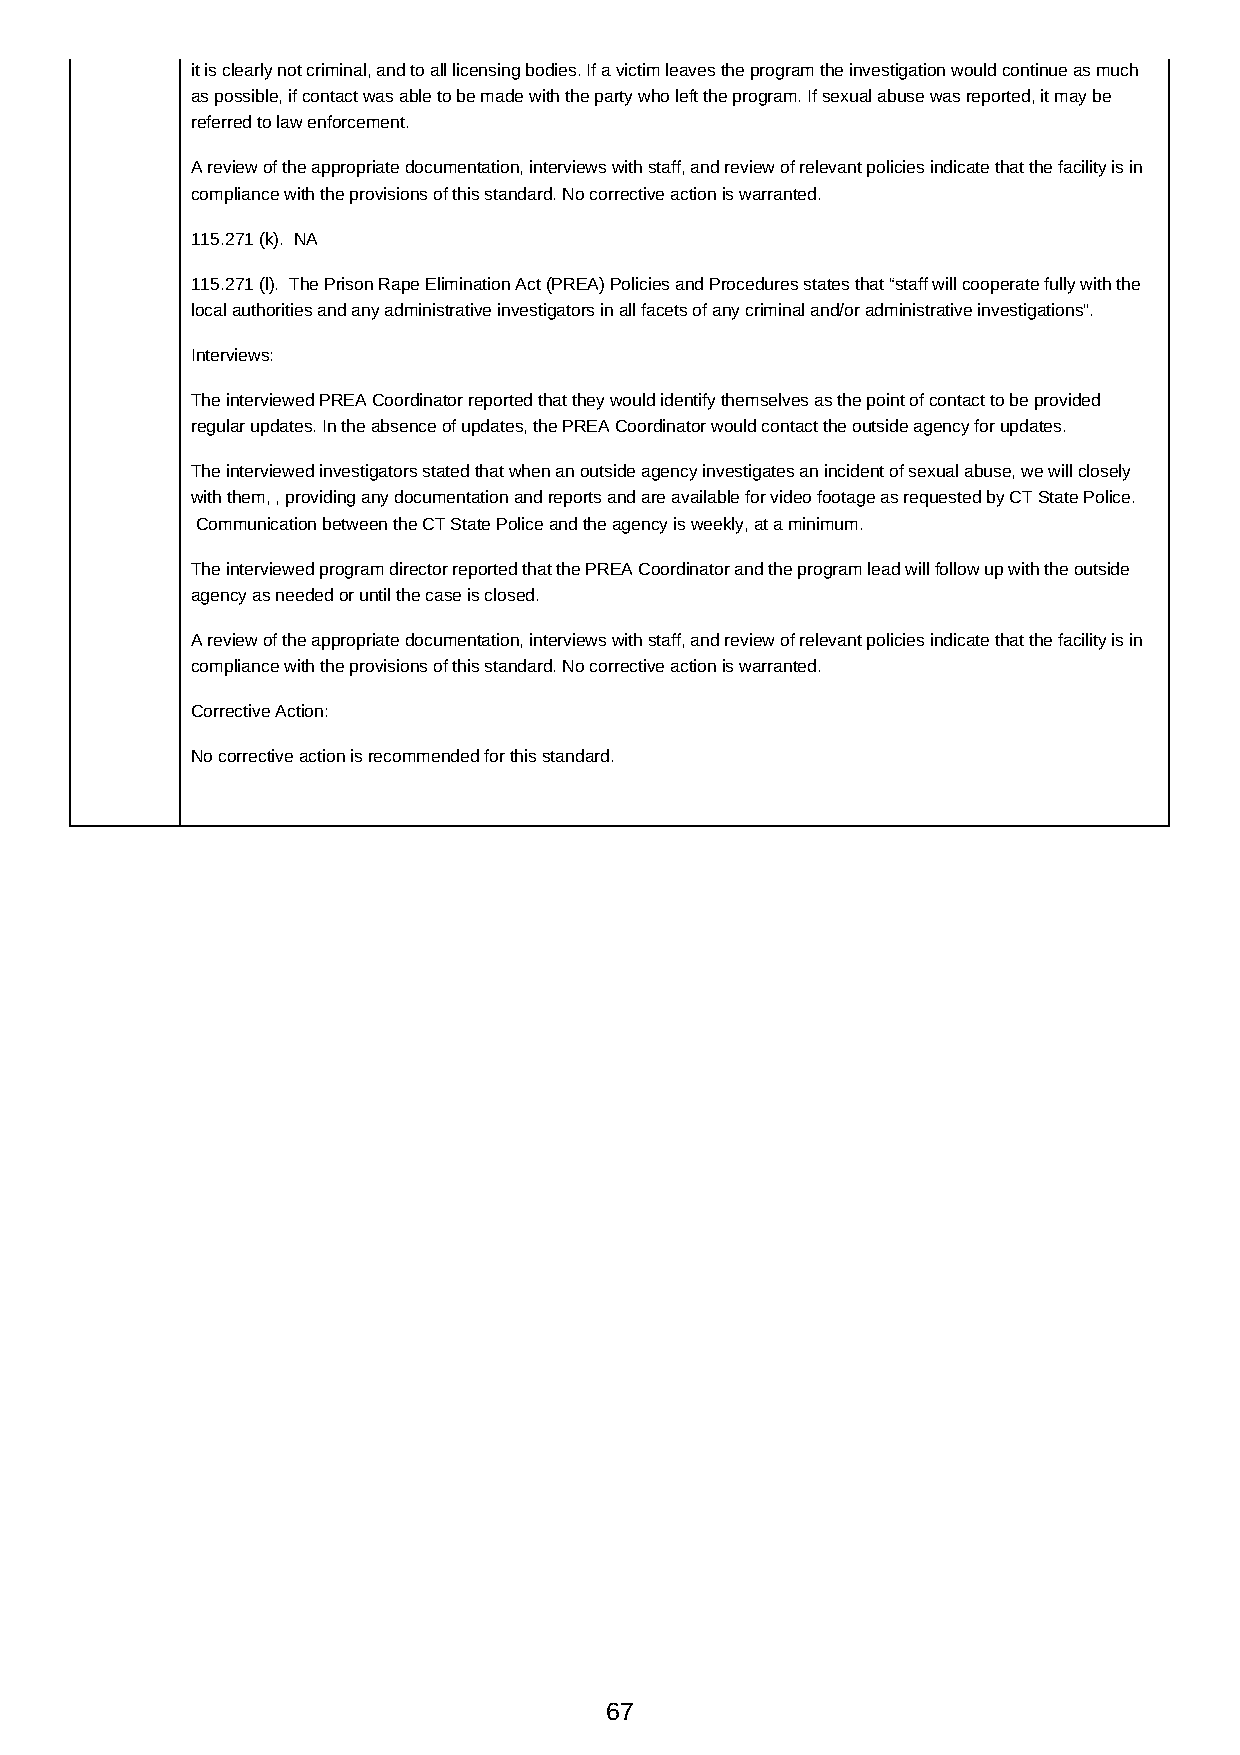
it is clearly not criminal, and to all licensing bodies. If a victim leaves the program the investigation would continue as much
 as possible, if contact was able to be made with the party who left the program. If sexual abuse was reported, it may be
 referred to law enforcement.
 A review of the appropriate documentation, interviews with staff, and review of relevant policies indicate that the facility is in
 compliance with the provisions of this standard. No corrective action is warranted.
 115.271 (k). NA
 115.271 (l). The Prison Rape Elimination Act (PREA) Policies and Procedures states that “staff will cooperate fully with the
 local authorities and any administrative investigators in all facets of any criminal and/or administrative investigations”.
 Interviews:
 The interviewed PREA Coordinator reported that they would identify themselves as the point of contact to be provided
 regular updates. In the absence of updates, the PREA Coordinator would contact the outside agency for updates.
 The interviewed investigators stated that when an outside agency investigates an incident of sexual abuse, we will closely
 with them, , providing any documentation and reports and are available for video footage as requested by CT State Police.
 Communication between the CT State Police and the agency is weekly, at a minimum.
 The interviewed program director reported that the PREA Coordinator and the program lead will follow up with the outside
 agency as needed or until the case is closed.
 A review of the appropriate documentation, interviews with staff, and review of relevant policies indicate that the facility is in
 compliance with the provisions of this standard. No corrective action is warranted.
 Corrective Action:
 No corrective action is recommended for this standard.
 67